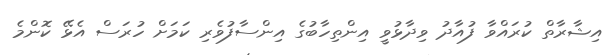
އިޝާރާތް ކުރައްވާ ފުއާދު ވިދާޅުވީ އިންތިހާބުގެ އިންސާފުވެރި ކަމަށް ހުރަސް އެޅޭ ކޮންމެ